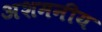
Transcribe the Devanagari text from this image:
अशमनीय